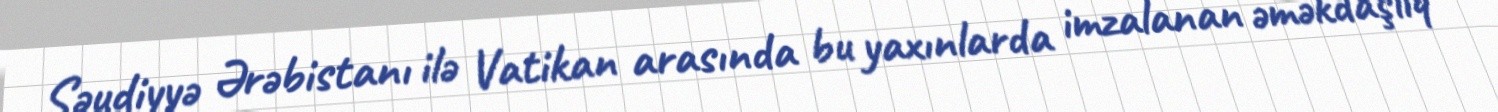
Səudiyyə Ərəbistanı ilə Vatikan arasında bu yaxınlarda imzalanan əməkdaşlıq